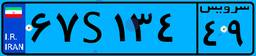
۶۷S۱۳۴۴۹